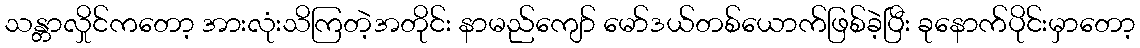
သန္တာလှိုင်ကတော့ အားလုံးသိကြတဲ့အတိုင်း နာမည်ကျော် မော်ဒယ်တစ်ယောက်ဖြစ်ခဲ့ပြီး ခုနောက်ပိုင်းမှာတော့